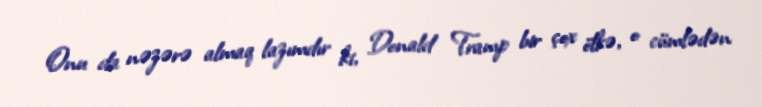
Onu da nəzərə almaq lazımdır ki, Donald Tramp bir çox ölkə, o cümlədən